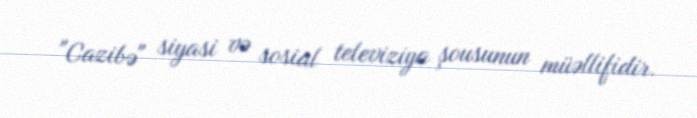
"Cazibə" siyasi və sosial televiziya şousunun müəllifidir.